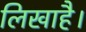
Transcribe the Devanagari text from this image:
लिखाहै।